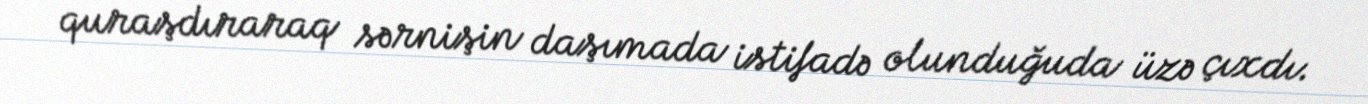
quraşdıraraq sərnişin daşımada istifadə olunduğuda üzə çıxdı.